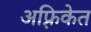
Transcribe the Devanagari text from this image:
अफ़्रिकेत